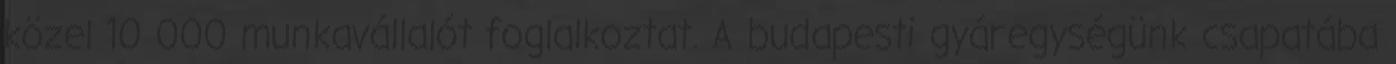
közel 10 000 munkavállalót foglalkoztat. A budapesti gyáregységünk csapatába